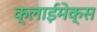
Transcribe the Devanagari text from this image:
क्लाईमेक्स